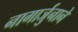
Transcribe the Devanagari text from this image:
नागार्जुनाने